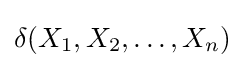
\delta (X_{1},X_{2},\ldots ,X_{n})